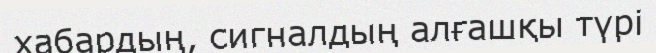
хабардың, сигналдың алғашқы түрі